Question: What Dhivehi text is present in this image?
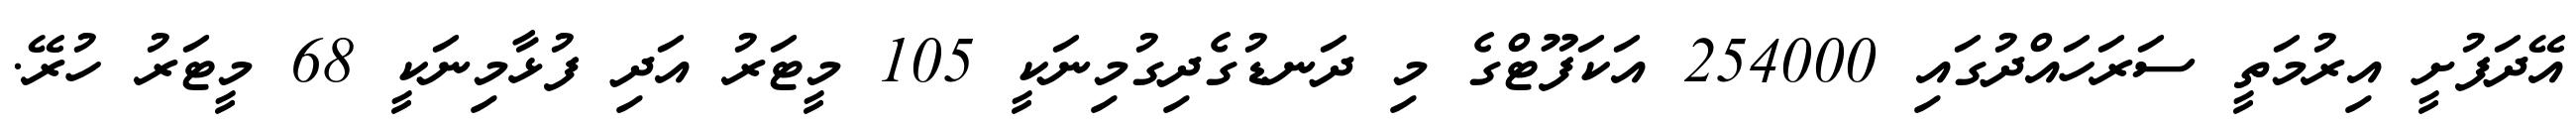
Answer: އޭދަފުށީ އިރުމަތީ ސަރަހައްދުގައި 254000 އަކަފޫޓްގެ މި ދަނޑުގެދިގުމިނަކީ 105 މީޓަރު އަދި ފުޅާމިނަކީ 68 މީޓަރު ހުރޭ.